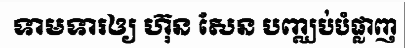
ទាមទារឲ្យ ហ៊ុន សែន បញ្ឈប់បំផ្លាញ